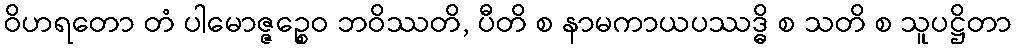
ဝိဟရတော တံ ပါမောဇ္ဇဉ္စေဝ ဘဝိဿတိ, ပီတိ စ နာမကာယပဿဒ္ဓိ စ သတိ စ သူပဋ္ဌိတာ